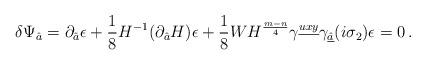
LaTeX: \begin{align*}\delta \Psi_{\hat{a}} = \partial_{\hat{a}} \epsilon + {1\over 8} H^{-1} (\partial_{\hat{a}} H) \epsilon + {1\over 8} W H^{{m-n \over 4}} \gamma^{\underline{uxy}}\gamma_{\underline{\hat{a}}}(i\sigma_2) \epsilon = 0 \, .\end{align*}